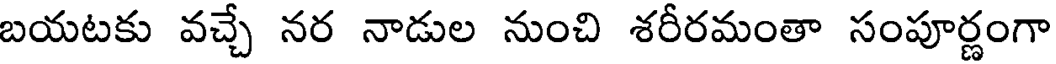
బయటకు వచ్చే నర నాడుల నుంచి శరీరమంతా సంపూర్ణంగా